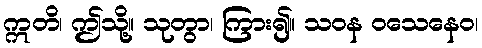
ဣတိ၊ ဤသို့။ သုတွာ၊ ကြား၍။ သဝန ဝသေနေဝ၊